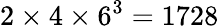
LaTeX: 2\times 4\times 6^{3}=1728